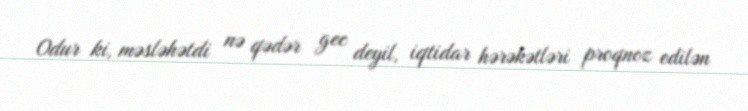
Odur ki, məsləhətdi nə qədər gec deyil, iqtidar hərəkətləri proqnoz edilən